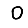
Digit: 0